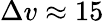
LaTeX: \Delta v\approx 15